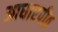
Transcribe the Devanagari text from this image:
आधारपीठ